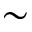
\sim